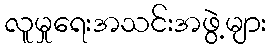
လူမှုရေးအသင်းအဖွဲ့များ